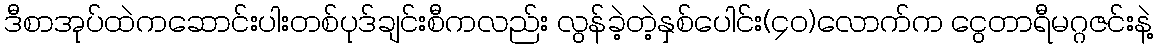
ဒီစာအုပ်ထဲကဆောင်းပါးတစ်ပုဒ်ချင်းစီကလည်း လွန်ခဲ့တဲ့နှစ်ပေါင်း(၄၀)လောက်က ငွေတာရီမဂ္ဂဇင်းနဲ့